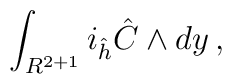
\int_{R^{2+1}} i_{\hat h}{\hat C}\wedge dy\, ,